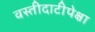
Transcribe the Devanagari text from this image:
वस्तीदाटीपेक्षा